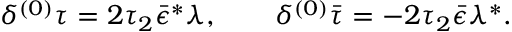
{ \delta ^ { ( 0 ) } \tau = 2 \tau _ { 2 } \bar { \epsilon } ^ { * } \lambda , \qquad \delta ^ { ( 0 ) } \bar { \tau } = - 2 \tau _ { 2 } \bar { \epsilon } \lambda ^ { * } . }